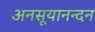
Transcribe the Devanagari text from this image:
अनसूयानन्‍दन